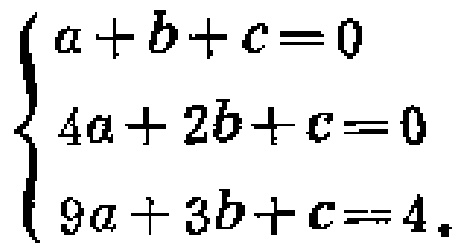
$\begin{cases}
a + b + c = 0\\
4a + 2b + c = 0\\
9a + 3b + c = 4
\end{cases}$